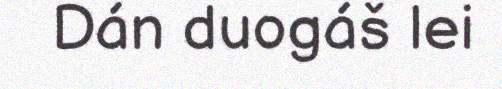
Dán duogáš lei